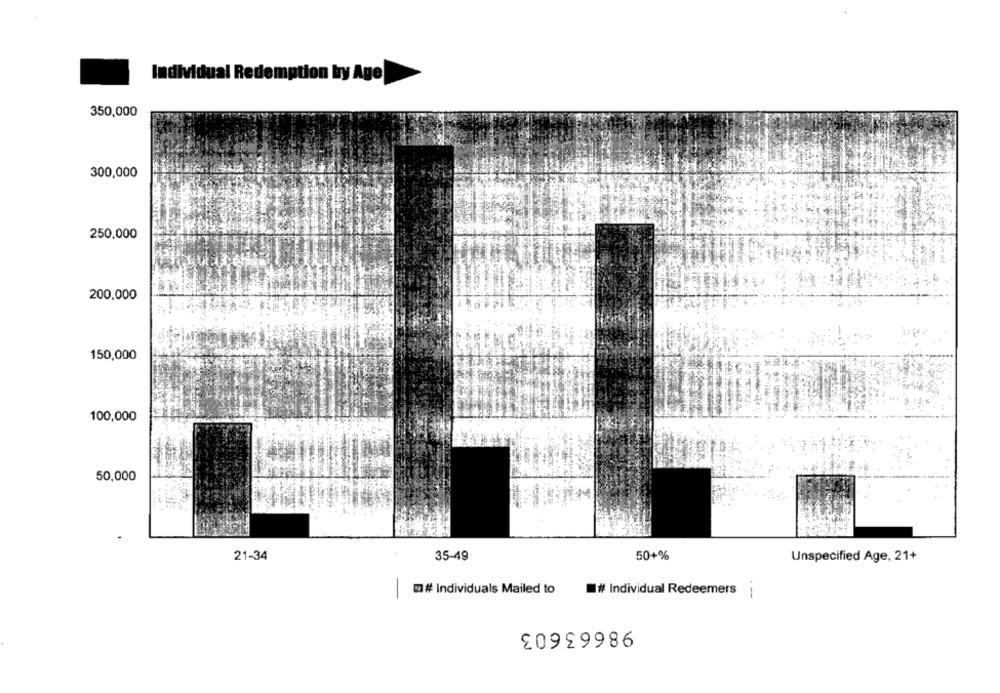
Individual Redemption by Age
350,000
300,000
250,000
200,000
150,000
100,000
50,000
21-34
35-49
50+%
Unspecified Age, 21+
# Individuals Mailed to
-
# Individual Redeemers|
98663603